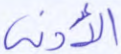
الأدنى